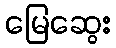
မြေဆွေး